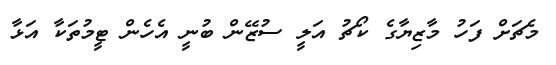
މެޗަށް ފަހު މާޒިޔާގެ ކޯޗު އަލީ ސުޒޭން ބުނީ އެހެން ޓީމުތަކާ އަޅާ